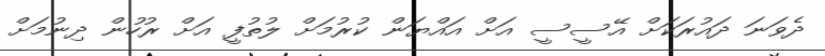
ދެވަނަ ދައުރަކަށް އޭސީސީ އަށް އައްޔަން ކުރުމަށް ލުތުފީ އަށް ރުހުން ދިނުމަށް